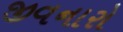
જીવનારો